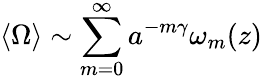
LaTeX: \langle\Omega\rangle\sim\sum_{m=0}^{\infty}a^{-m\gamma}\omega_{m}(z)